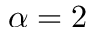
\alpha = 2